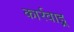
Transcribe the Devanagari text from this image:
कार्रवाइ्र्र